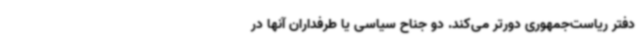
دفتر ریاست‌جمهوری دورتر می‌کند. دو جناح سیاسی یا طرفداران آنها در